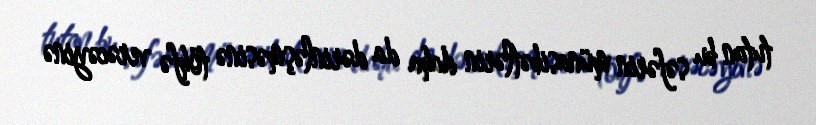
tutan bu səfərin münasibətlərin daha da dərinləşməsinə töhfə verəcəyinə